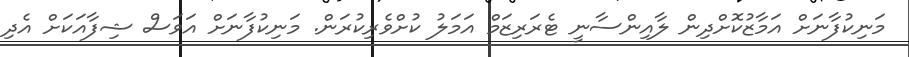
މަނިކުފާނަށް އަމާޒުކޮށްދިން ލާއިންސާނީ ޓެރަރިޒަމް އަމަލު ކުށްވެރިކުރަން. މަނިކުފާނަށް އަވަސް ޝިފާއަކަށް އެދި